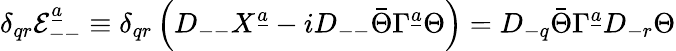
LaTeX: \delta_{qr}{\cal E}_{--}^{\underline{{a}}}\equiv\delta_{qr}\left(D_{--}X^{\underline{{a}}}-iD_{--}\bar{\Theta}\Gamma^{\underline{{a}}}\Theta\right)=D_{-q}\bar{\Theta}\Gamma^{\underline{{a}}}D_{-r}\Theta